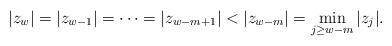
LaTeX: \begin{align*} |z_{w}|=|z_{w-1}|=\cdots=|z_{w-m+1}|<|z_{w-m}|=\min_{j\ge w-m}|z_j|. \end{align*}